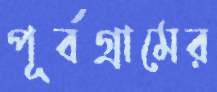
পূর্বগ্রামের